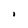
Character: 1